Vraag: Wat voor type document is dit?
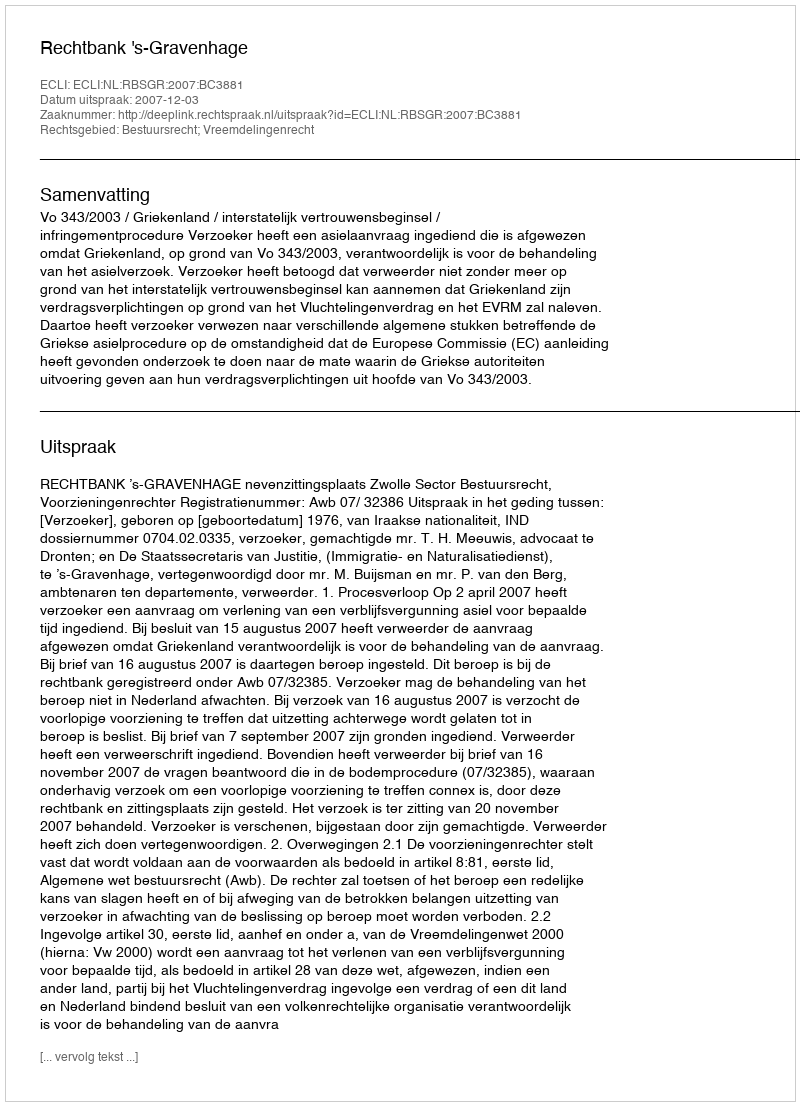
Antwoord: Uitspraak